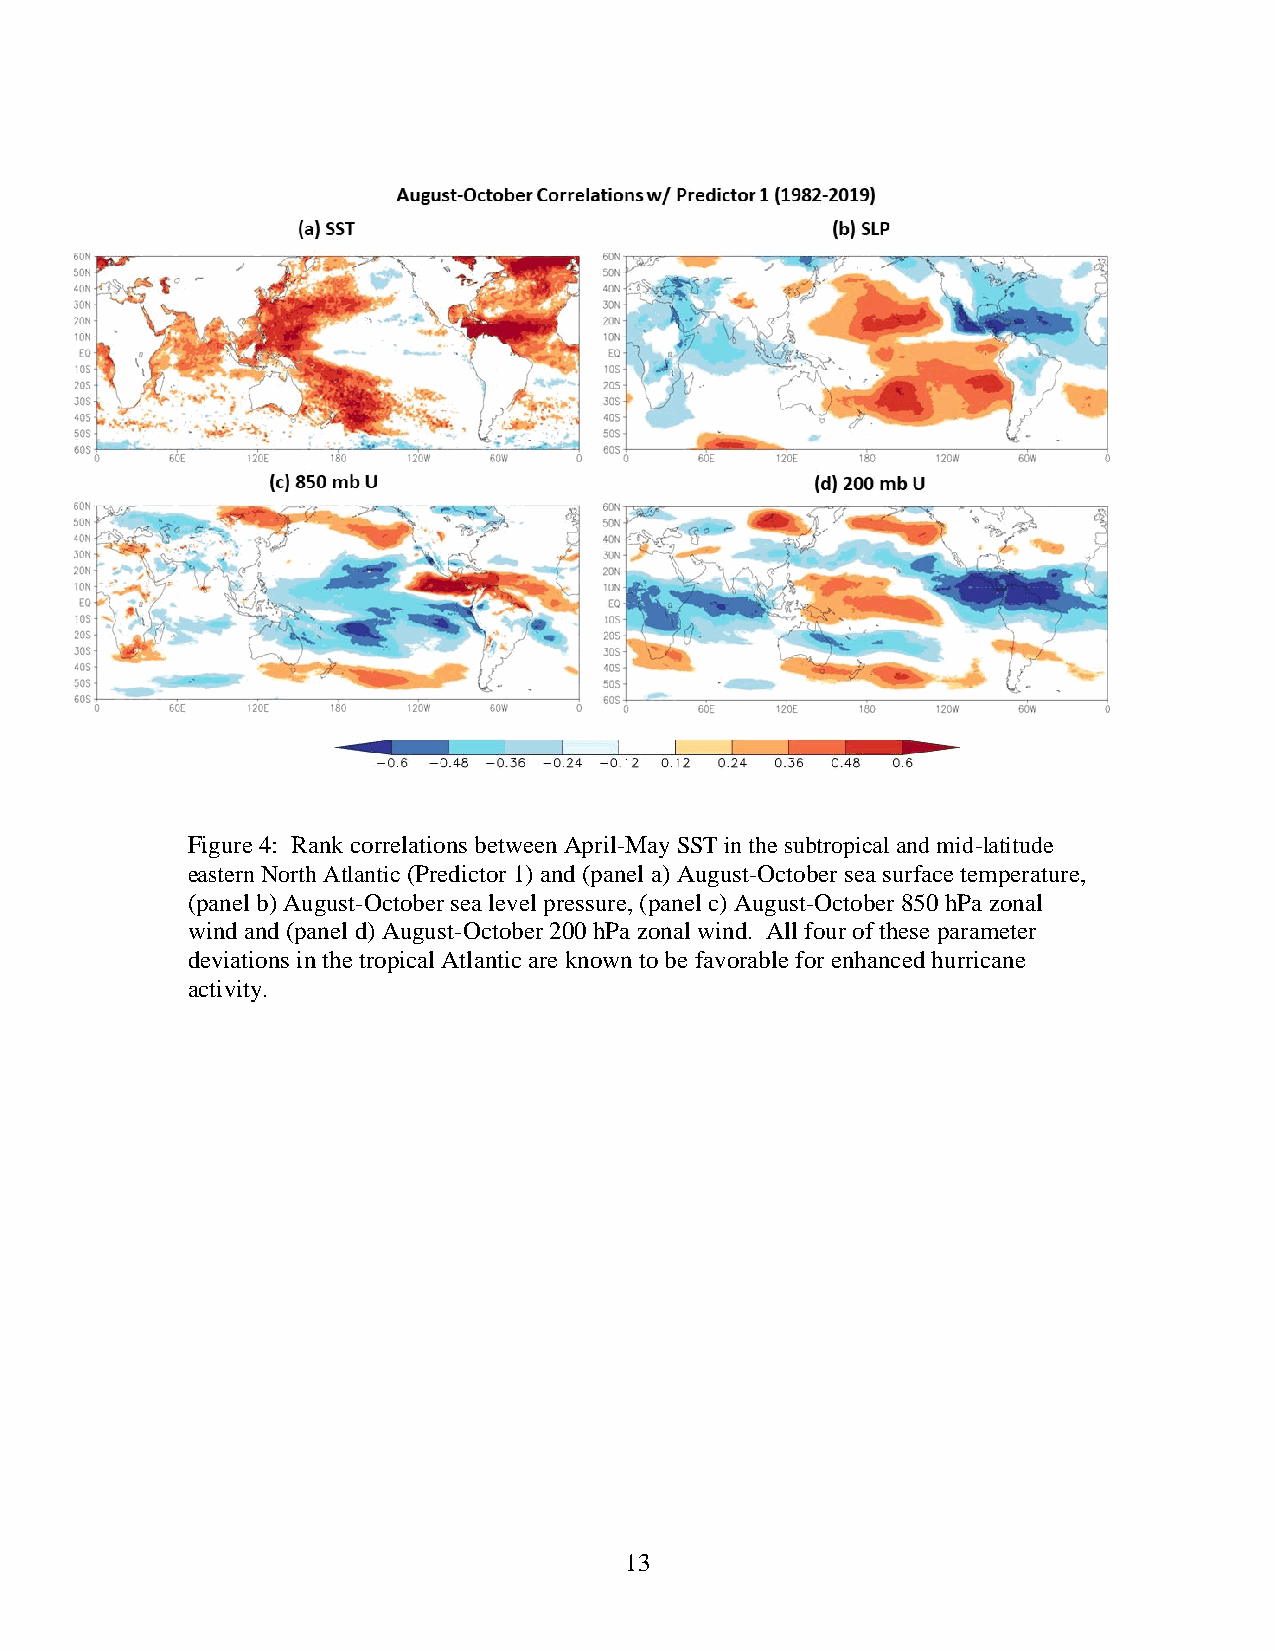
Figure 4: Rank correlations between April-May SST in the subtropical and mid-latitude
 eastern North Atlantic (Predictor 1) and (panel a) August-October sea surface temperature,
 (panel b) August-October sea level pressure, (panel c) August-October 850 hPa zonal
 wind and (panel d) August-October 200 hPa zonal wind. All four of these parameter
 deviations in the tropical Atlantic are known to be favorable for enhanced hurricane
 activity.
 13